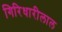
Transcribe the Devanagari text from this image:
गिरिधारीलाल